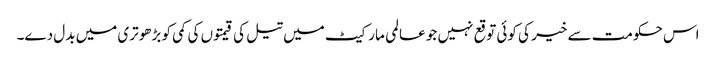
اس حکومت سے خیر کی کوئی توقع نہیں جو عالمی مارکیٹ میں تیل کی قیمتوں کی کمی کو بڑھوتری میں بدل دے۔